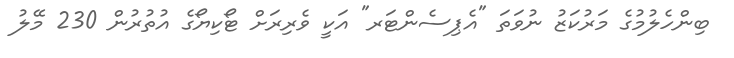
ބިންހެލުމުގެ މަރުކަޒު ނުވަތަ "އެޕިސެންޓަރ" އަކީ ވެރިރަށް ޓޯކިޔޯގެ އުތުރުން 230 މޭލު